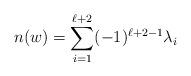
LaTeX: \begin{align*}n(w)=\sum_{i=1}^{\ell+2} (-1)^{\ell+2-1}\lambda_i\end{align*}